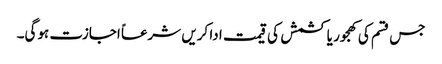
جس قسم کی کھجور یا کشمش کی قیمت ادا کریں شرعاً اجازت ہوگی۔